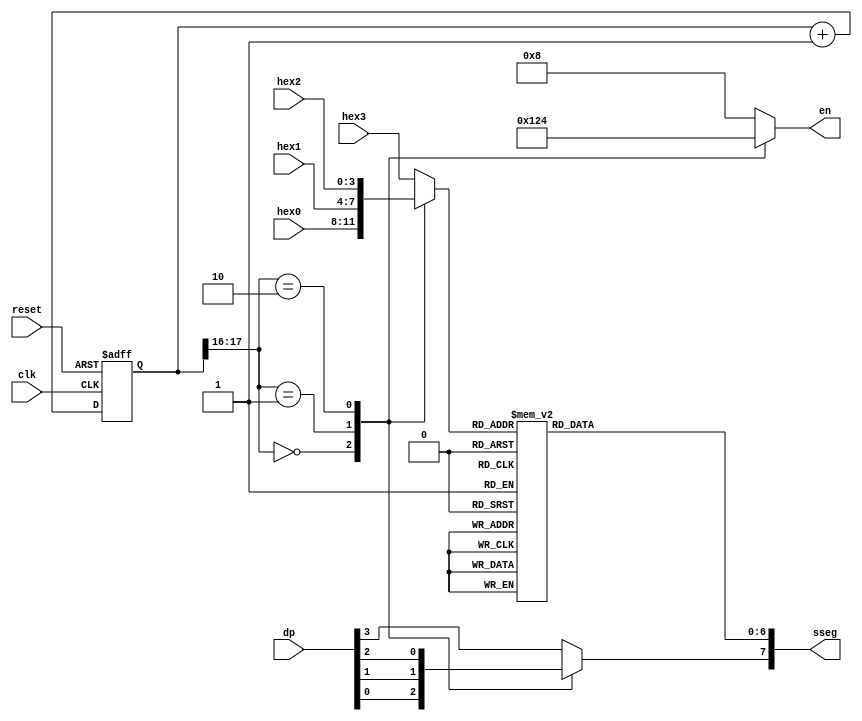
module scan_hex_led_disp(
    input clk,reset,
    input [3:0] hex3,hex2,hex1,hex0,
    input [3:0] dp,
    output reg[3:0] en, // enable
    output reg[7:0] sseg
    );

    localparam N = 18;
    reg[N-1:0] countN;

    reg[3:0] hex_sel; // hex_selected

    always @ (posedge clk,posedge reset)
        if(reset)
            countN <= 0;
        else
            countN <= countN + 1;
    
    always @ *
        case(countN[N-1:N-2])
            2'b00: begin
                hex_sel = hex0;
                sseg[7] = dp[0];
                en = 4'b0001;
                end
            2'b01: begin
                hex_sel = hex1;
                sseg[7] = dp[1];
                en = 4'b0010;
                end
            2'b10: begin
                hex_sel = hex2;
                sseg[7] = dp[2];
                en = 4'b0100;

                end
            default: begin
                hex_sel = hex3;
                sseg[7] = dp[3];
                en = 4'b1000;
                end
        endcase

    always @ * 
        case(hex_sel)
            4'h0: sseg[6:0] = 7'b0111111;
            4'h1: sseg[6:0] = 7'b0000110;
            4'h2: sseg[6:0] = 7'b1011011;
            4'h3: sseg[6:0] = 7'b1001111;
            4'h4: sseg[6:0] = 7'b1100110;
            4'h5: sseg[6:0] = 7'b1101101;
            4'h6: sseg[6:0] = 7'b1111101;
            4'h7: sseg[6:0] = 7'b0000111;
            4'h8: sseg[6:0] = 7'b1111111;
            4'h9: sseg[6:0] = 7'b1101111;
            4'ha: sseg[6:0] = 7'b1110111;
            4'hb: sseg[6:0] = 7'b1111100;
            4'hc: sseg[6:0] = 7'b0111001;
            4'hd: sseg[6:0] = 7'b1011110;
            4'he: sseg[6:0] = 7'b1111001;
            default:  sseg[6:0] = 7'b1110001; // 4'hf
        endcase
endmodule